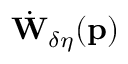
\dot { \mathbf { W } } _ { \delta \eta } ( \mathbf { p } )